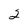
Character: 2